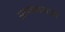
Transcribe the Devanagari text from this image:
आयनामध्ये